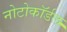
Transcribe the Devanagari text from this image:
नोटोकॉर्डल